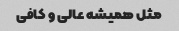
مثل همیشه عالی و کافی